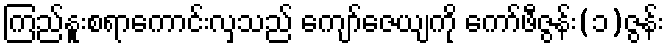
ကြည်နူးစရာကောင်းလှသည် ကျော်ဇေယျကို ကော်ဖီဇွန်း(၁)ဇွန်း